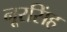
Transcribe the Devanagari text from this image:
नूरसिंह